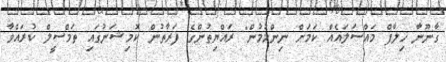
ގާނޫނާ ޚިލާފް މައްސަލައެއް ކަމަށް ނިންމުމުން" ރައްޔިތުންގެ ފަރާތުން ކޮމިޝަނުގައި ތަމްސީލް ކުރައްވާ